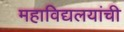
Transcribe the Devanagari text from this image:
महाविद्यलयांची